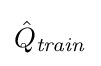
{\hat {Q}}_{\mathit {train}}